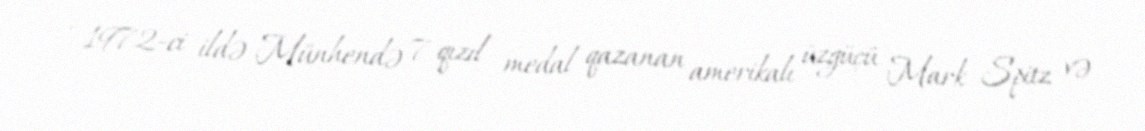
- 1972-ci ildə Münhendə 7 qızıl medal qazanan amerikalı üzgüçü Mark Spitz və